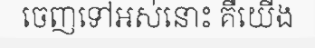
ចេញទៅអស់នោះ គឺយើង